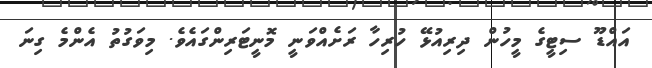
އައްޑޫ ސިޓީގެ މީހުން ދިރިއުޅޭ ހުރިހާ ރަށެއްވަނީ މޮނީޓަރިންގައެވެ. މިވަގުތު އެންމެ ގިނަ